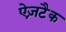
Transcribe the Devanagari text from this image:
ऐज़टैक